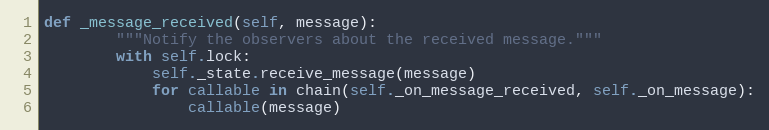
Language: Python
def _message_received(self, message):
        """Notify the observers about the received message."""
        with self.lock:
            self._state.receive_message(message)
            for callable in chain(self._on_message_received, self._on_message):
                callable(message)